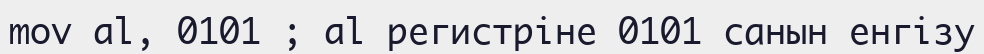
mov al, 0101 ; al регистріне 0101 санын енгізу